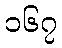
၁၆၇